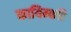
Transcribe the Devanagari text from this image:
कायिम्करि